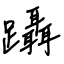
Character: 躡